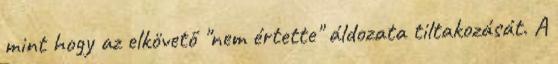
mint hogy az elkövető "nem értette" áldozata tiltakozását. A